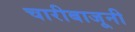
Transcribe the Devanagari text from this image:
चारीबाजूनी